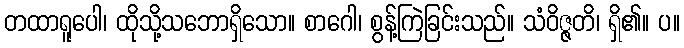
တထာရူပေါ၊ ထိုသို့သဘောရှိသော။ စာဂေါ၊ စွန့်ကြဲခြင်းသည်။ သံဝိဇ္ဇတိ၊ ရှိ၏။ ပ။